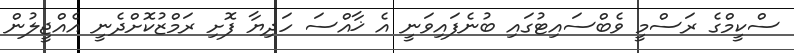
ސްކީމްގެ ރަސްމީ ވެބްސައިޓުގައި ބުނެފައިވަނީ އެ ޚާއްސަ ހަދިޔާ ފޮށި ރަމްޒުކޮށްދެނީ އެއްޖީލުން